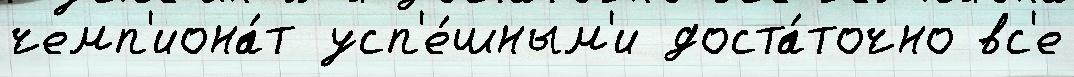
чемп'иона́т усп'е́шным'и доста́точно вс'е